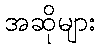
အဆိုများ